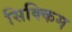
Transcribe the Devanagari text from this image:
सिक्‍िकम